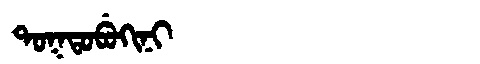
Manchu: ᡨᠣᡴᡨᠣᠪᡠᡴᡳᠨᡳ
Romanization: TOKTOBUKINI